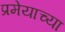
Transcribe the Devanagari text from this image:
प्रमेयाच्या